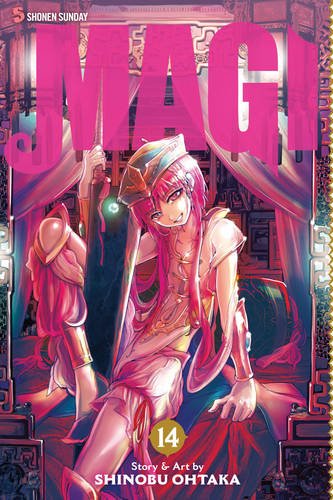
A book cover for Magi, Vol. 14: The Labyrinth of Magic; Shinobu Ohtaka; Comics & Graphic Novels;